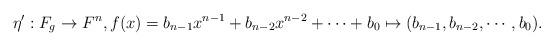
LaTeX: \begin{align*} \eta' : F_g \rightarrow F^{n}, f(x)= b_{n-1}x^{n-1}+b_{n-2}x^{n-2}+\cdots+b_0 \mapsto (b_{n-1},b_{n-2},\cdots,b_0). \end{align*}